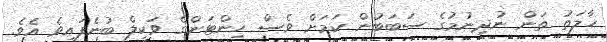
ހާލަތު ތަން ނުދިނުމުގެ ސަބަބުން ކަމަށް ވެސް ހިންޓަންގެ ވަކީލް ބުނެފައިވެ އެވެ.